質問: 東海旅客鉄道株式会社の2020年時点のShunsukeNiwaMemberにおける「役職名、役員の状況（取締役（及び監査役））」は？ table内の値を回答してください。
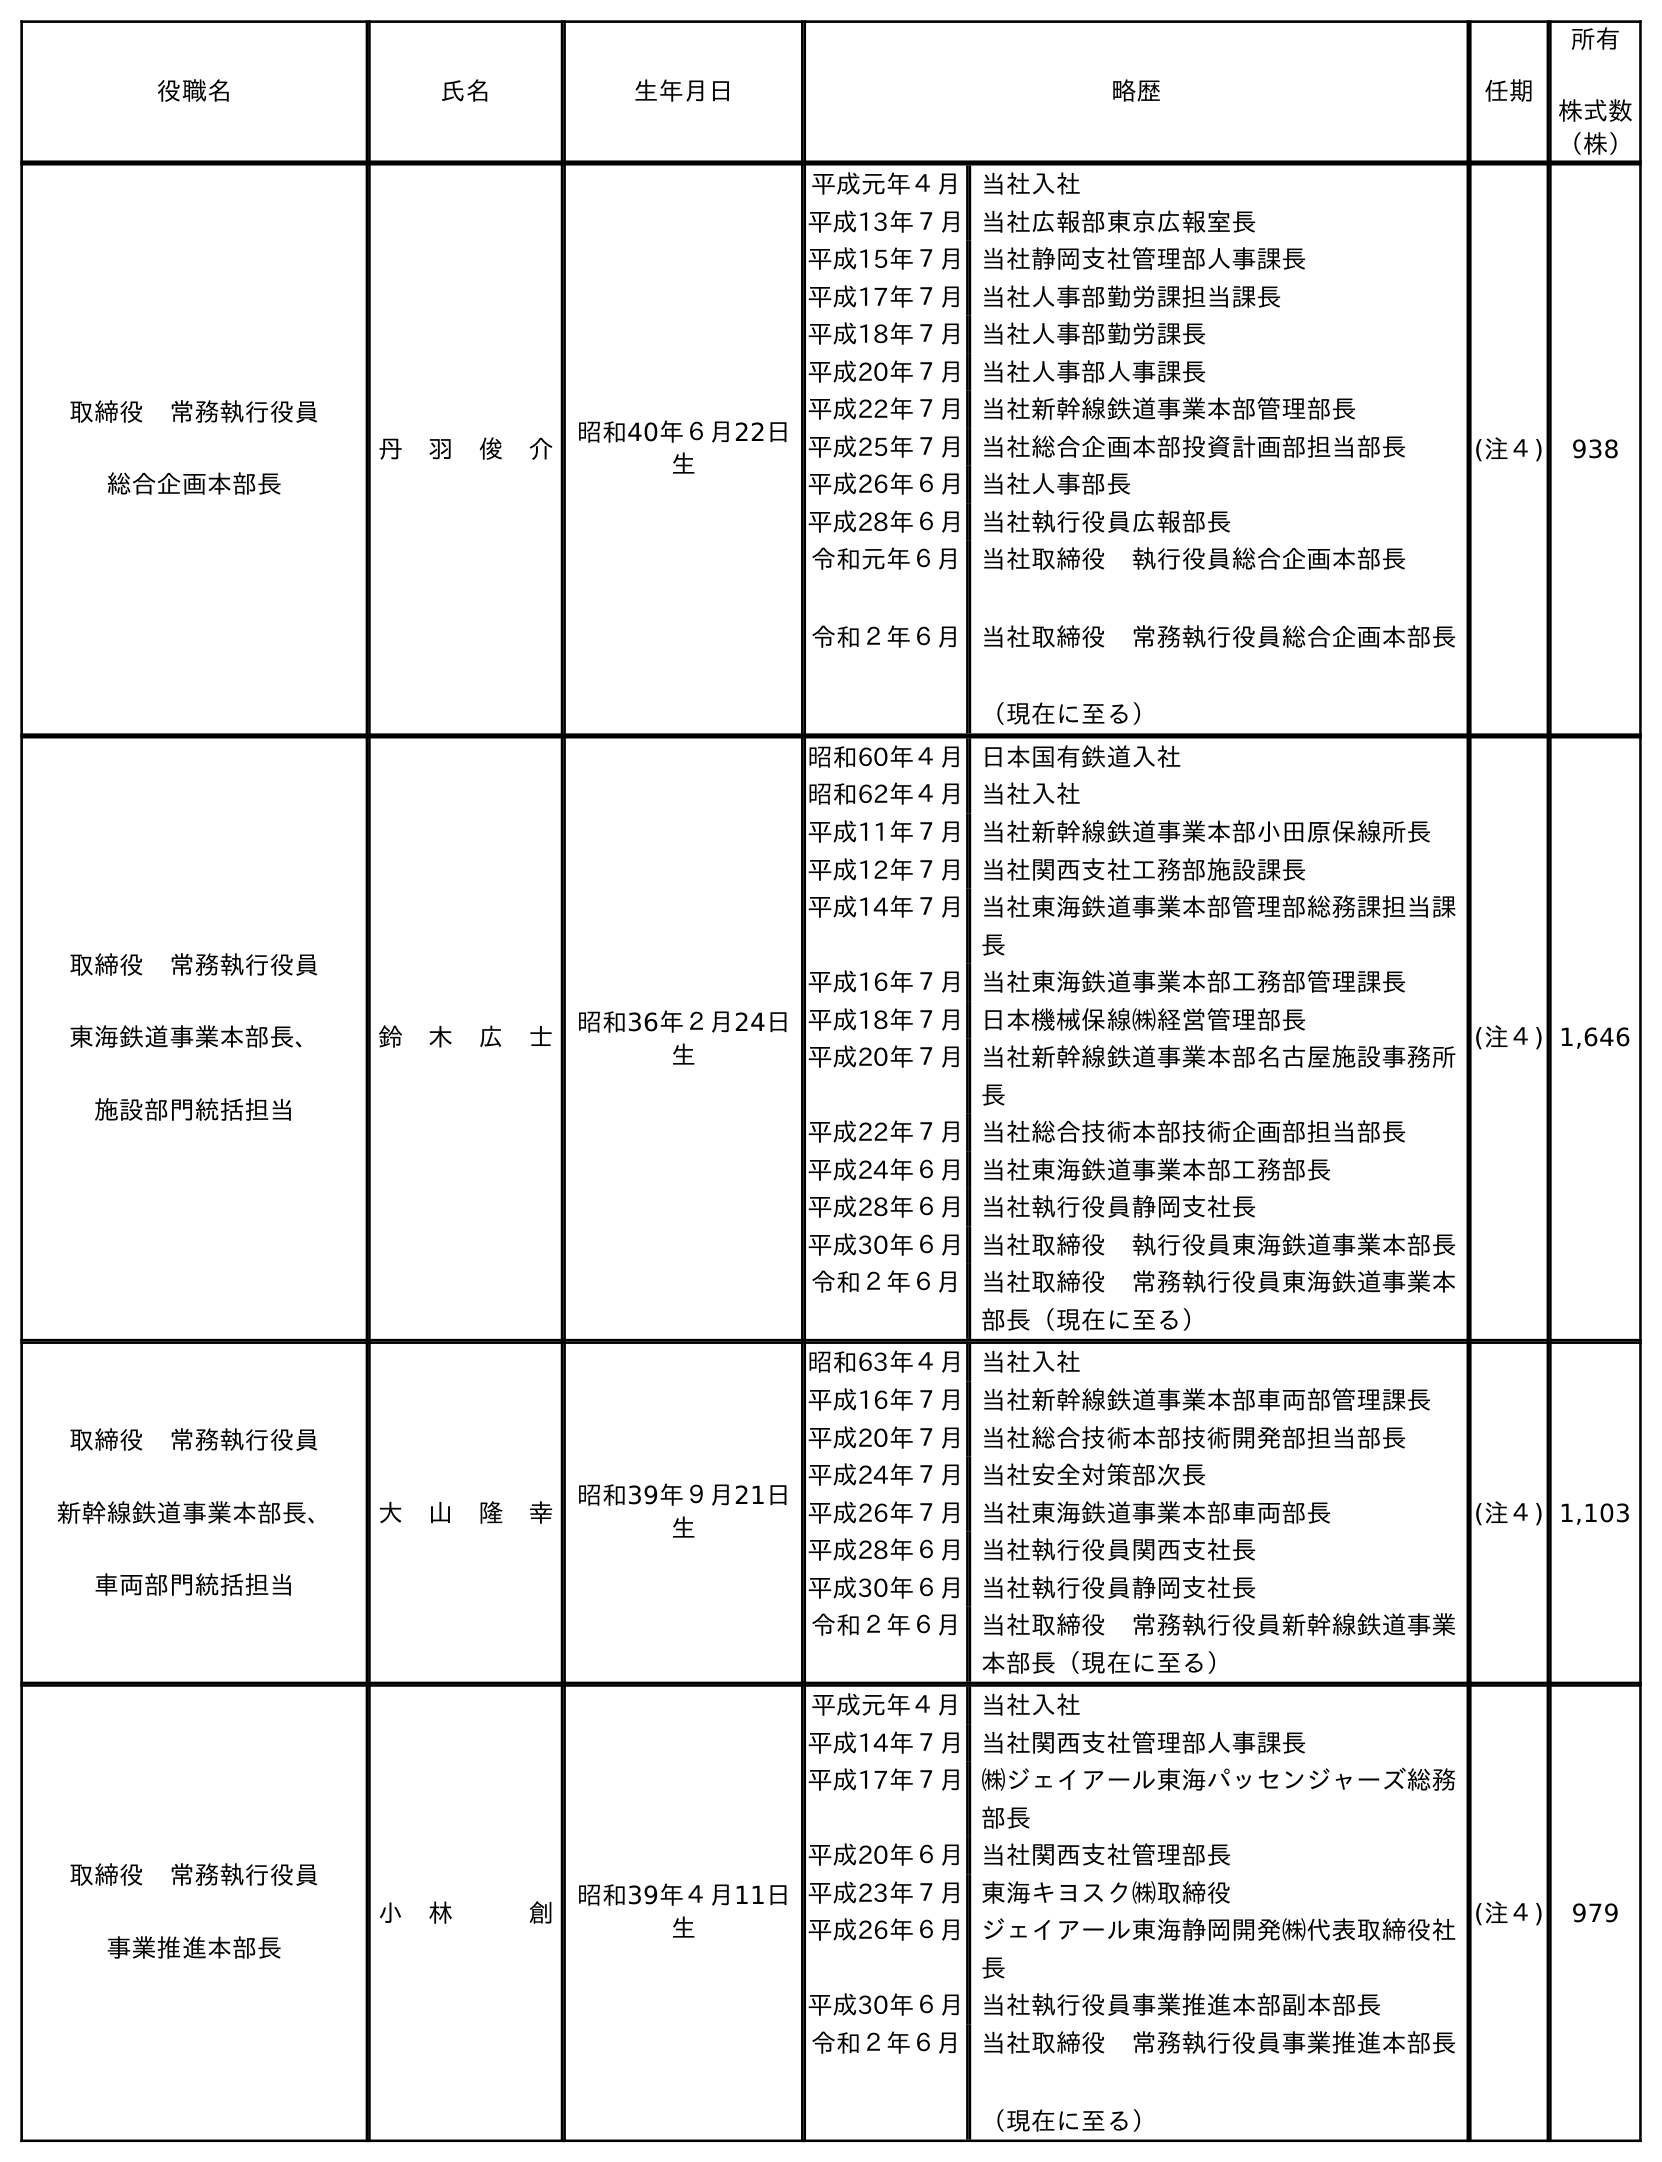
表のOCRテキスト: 役職名 氏名 生年月日 略歴 任期 所有 株式数 （株） 取締役 常務執行役員 総合企画本部長 丹 羽 俊 介 昭和40年６月22日 生 平成元年４月 当社入社 平成13年７月当社広報部東京広報室長 平成15年７月当社静岡支社管理部人事課長 平成17年７月当社人事部勤労課担当課長 平成18年７月当社人事部勤労課長 平成20年７月当社人事部人事課長 平成22年７月当社新幹線鉄道事業本部管理部長 平成25年７月当社総合企画本部投資計画部担当部長 平成26年６月当社人事部長 平成28年６月当社執行役員広報部長 令和元年６月 令和２年６月 当社取締役 執行役員総合企画本部長 当社取締役 常務執行役員総合企画本部長 （現在に至る） (注４) 938 取締役 常務執行役員 東海鉄道事業本部長、 施設部門統括担当 鈴 木 広 士 昭和36年２月24日 生 昭和60年４月日本国有鉄道入社 昭和62年４月当社入社 平成11年７月当社新幹線鉄道事業本部小田原保線所長 平成12年７月当社関西支社工務部施設課長 平成14年７月当社東海鉄道事業本部管理部総務課担当課 長 平成16年７月当社東海鉄道事業本部工務部管理課長 平成18年７月日本機械保線㈱経営管理部長 平成20年７月当社新幹線鉄道事業本部名古屋施設事務所 長 平成22年７月当社総合技術本部技術企画部担当部長 平成24年６月当社東海鉄道事業本部工務部長 平成28年６月当社執行役員静岡支社長 平成30年６月当社取締役 執行役員東海鉄道事業本部長 令和２年６月 当社取締役 常務執行役員東海鉄道事業本 部長（現在に至る） (注４) 1,646 取締役 常務執行役員 新幹線鉄道事業本部長、 車両部門統括担当 大 山 隆 幸 昭和39年９月21日 生 昭和63年４月当社入社 平成16年７月当社新幹線鉄道事業本部車両部管理課長 平成20年７月当社総合技術本部技術開発部担当部長 平成24年７月当社安全対策部次長 平成26年７月当社東海鉄道事業本部車両部長 平成28年６月当社執行役員関西支社長 平成30年６月当社執行役員静岡支社長 令和２年６月 当社取締役 常務執行役員新幹線鉄道事業 本部長（現在に至る） (注４) 1,103 取締役 常務執行役員 事業推進本部長 小 林   創 昭和39年４月11日 生 平成元年４月 当社入社 平成14年７月当社関西支社管理部人事課長 平成17年７月㈱ジェイアール東海パッセンジャーズ総務 部長 平成20年６月当社関西支社管理部長 平成23年７月東海キヨスク㈱取締役 平成26年６月ジェイアール東海静岡開発㈱代表取締役社 長 平成30年６月当社執行役員事業推進本部副本部長 令和２年６月 当社取締役 常務執行役員事業推進本部長 （現在に至る） (注４) 979
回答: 取締役　常務執行役員総合企画本部長